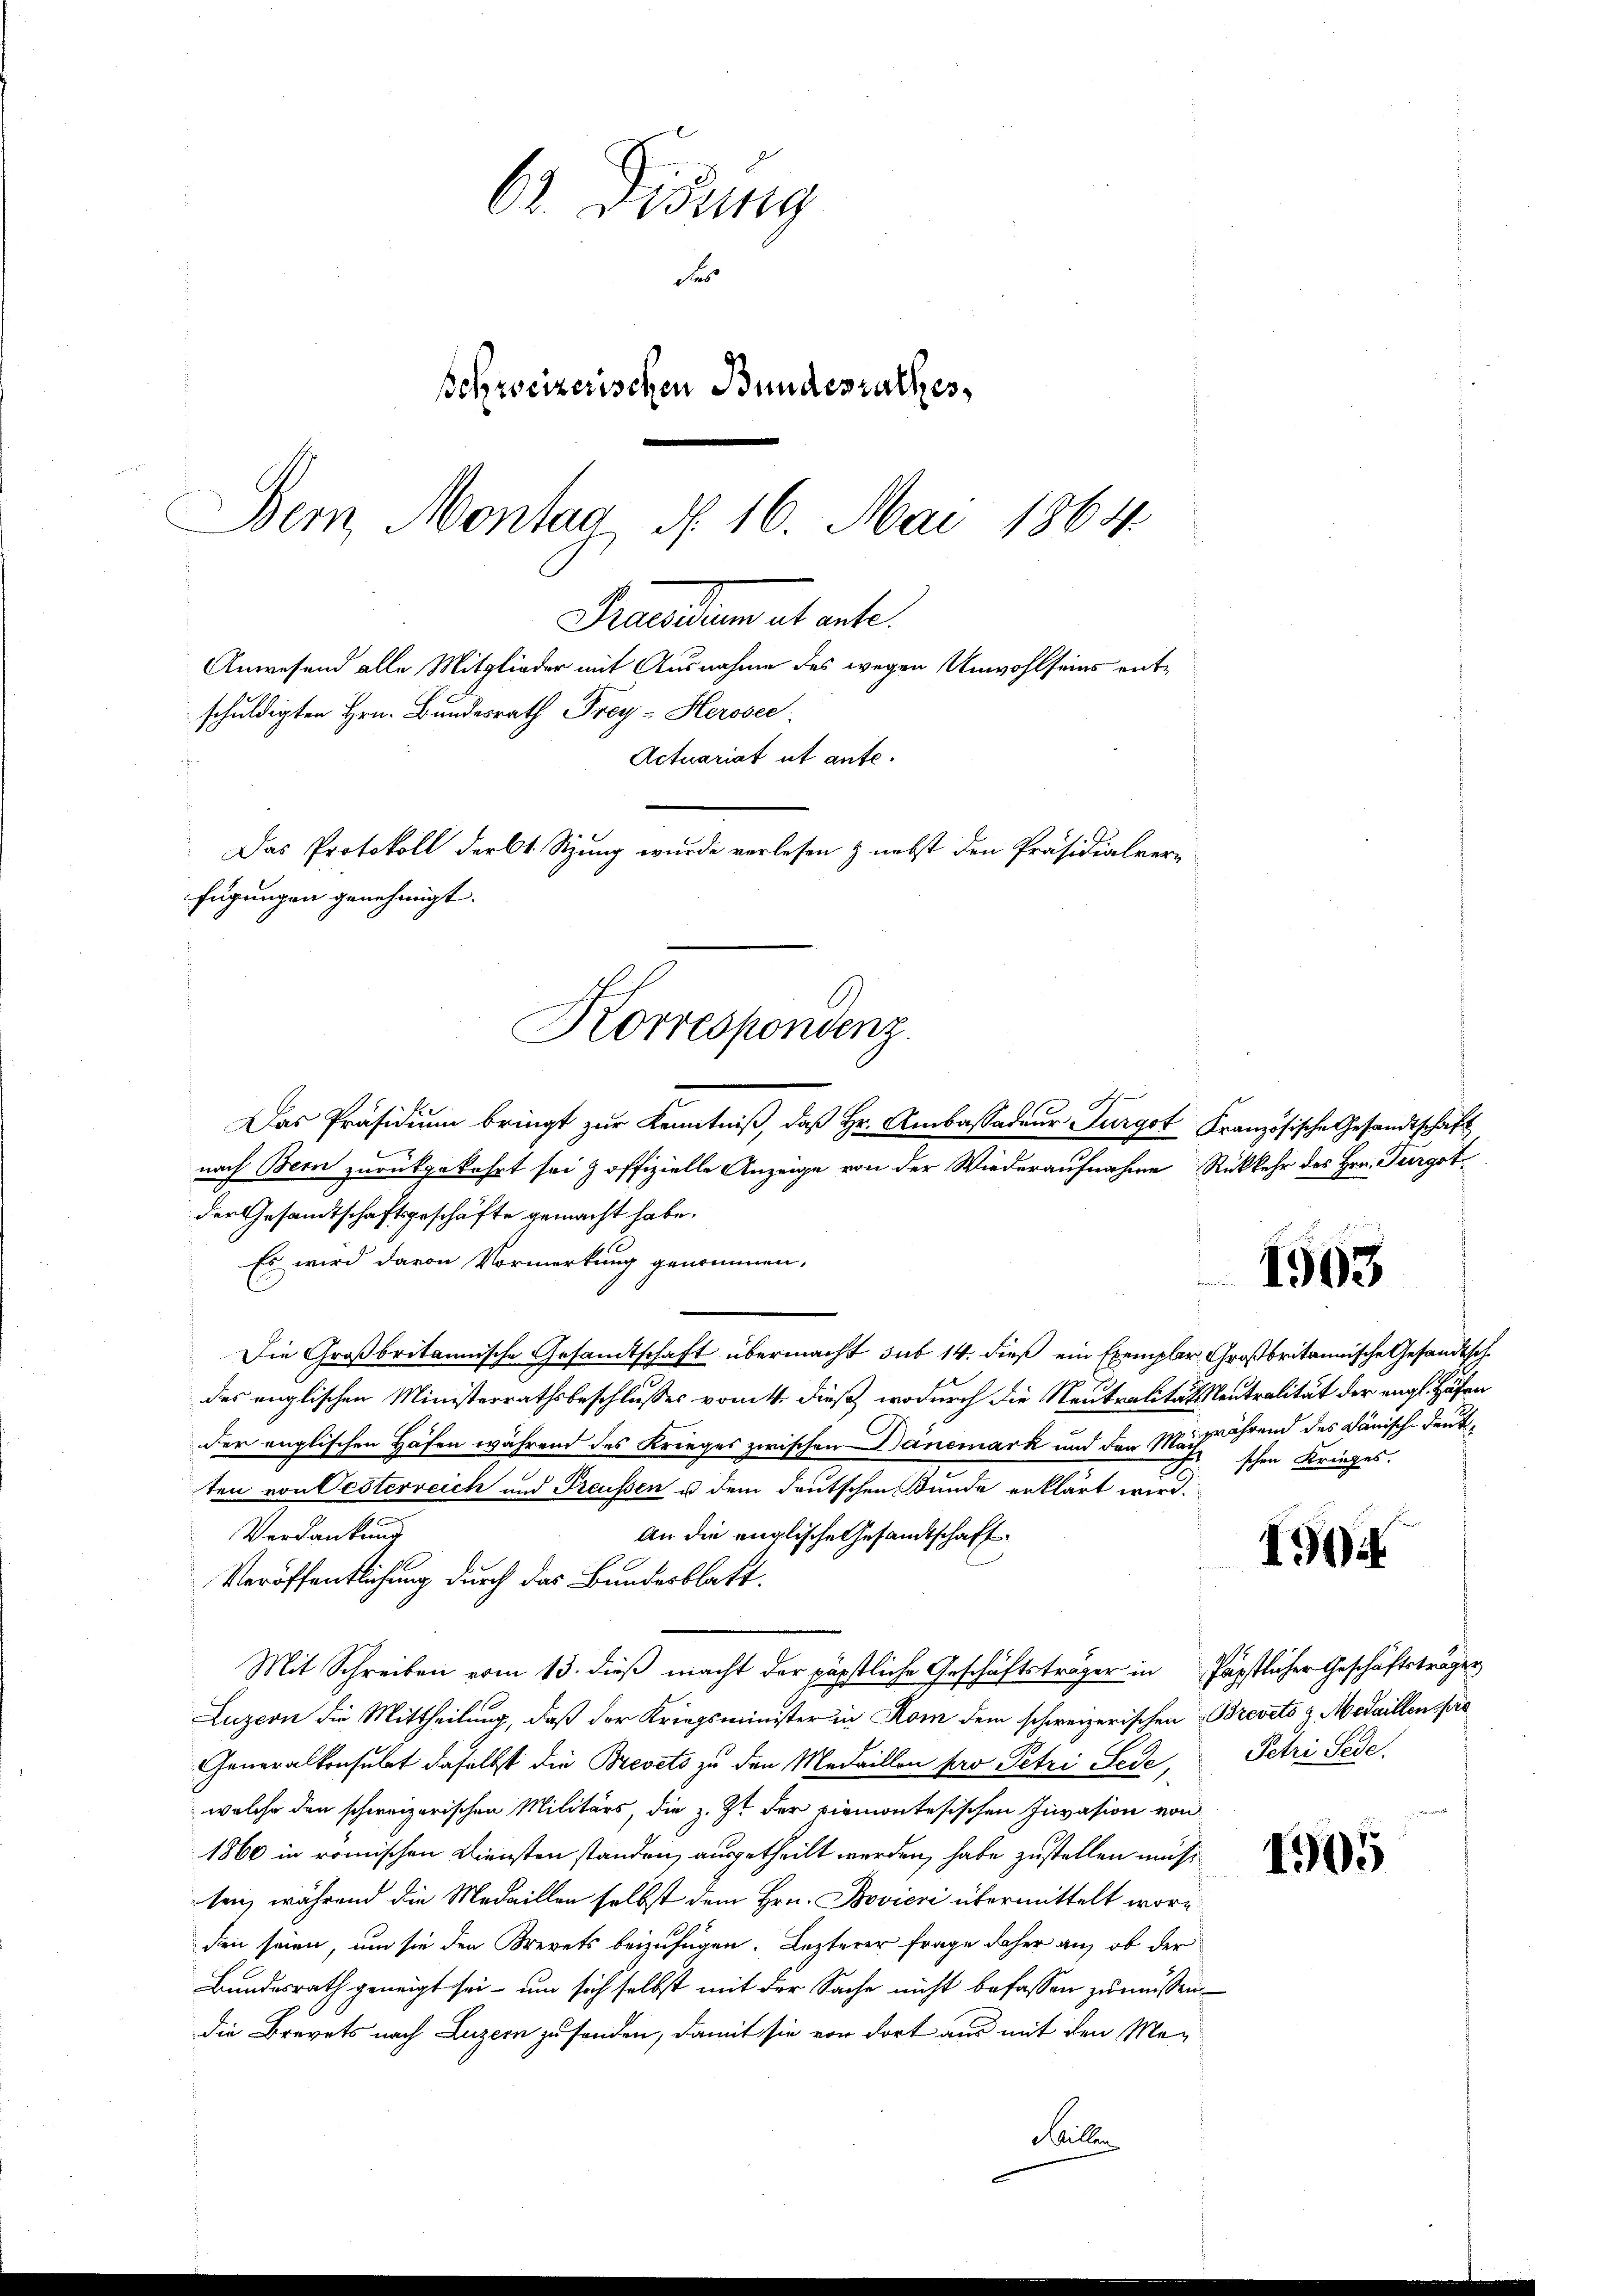
6. Disung
Fes
Bohreizerischen Bundesrathes,
Bem Montag §. 16. Mai 1864.

schuldigten Hrn. Bundesrath Frey-Herosec
s
fügungen genehmigt.
Korrespondenz.
Ih
Das Präsidium bringt zur Kenntniß, daß Hr. Ambassadeur Furgot Französische Gesandtschaft

Gruenden et ente
Anwesend alle Mitglieder mit Ausnahme des wegen Unwohlseins ent¬
Actuariat ut ante.
Das Protokoll derbt. Sitzung wurde verlesen & nebst den Präsidialver-

nach Bern zurückgekehrt sei & offizielle Anzeige von der Wiederaufnahme Rükkehr des Hrn. Turgot
der Gesandtschaftsgeschäfte gemacht habe.
Es wird davon Vormerkung genommen,
Die Großbritannische Gesamtschaft übermacht sub 14. dieß ein Exemplar Großbritannische Gesandtsch
des englischen Ministerrathsbeschlusses vom 4. dieß, wodurch die Neutralitätsleutralität der engl. Hafen
der englischen Häfen während des Krieges zwischen Danemark und den Machährend des Dänisch-deutten von Oesterreich und Preußen u dem deutschen Bunde erklärt wird.
Verdankung
An die englische Gesandtschaft
1904
Veröffentlichung durch das Bundesblatt.
Mit Schreiben vom 13. dieß macht der päpstliche Geschäftsträger in päpstlicher Geschäftsträger
Luzern die Mittheilung, daß der Kriegsminister in Kom dem schweizerischen Brevets z. Medaillen fre
Generalkonsulat daselbst die Brevets zu den Medaillen pro Petri Sedo, Petri Sede
welche den schweizerischen Militärs die z. Zt. der Piemontesischen Invasion von
1860 in römischen Diensten standen, ausgetheilt werden, habe zustellen müss
ten, während die Medaillen selbst dem Hrn. Bovieri übermittelt worden seien, um sie den Brevets beizufügen. Lezterer Frage daher an, ob der
Bundesrath geneigt sei – um sich selbst mit der Sache nicht befassen zu müssen
die Brevets nach Luzern zu senden, damit sie von dort aus mit den Me¬
Faillen

1563

schen Krieges.